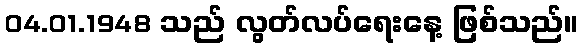
04.01.1948 သည် လွတ်လပ်ရေးနေ့ ဖြစ်သည်။